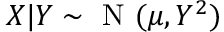
X | Y \sim { \textrm { N } } ( \mu , Y ^ { 2 } )